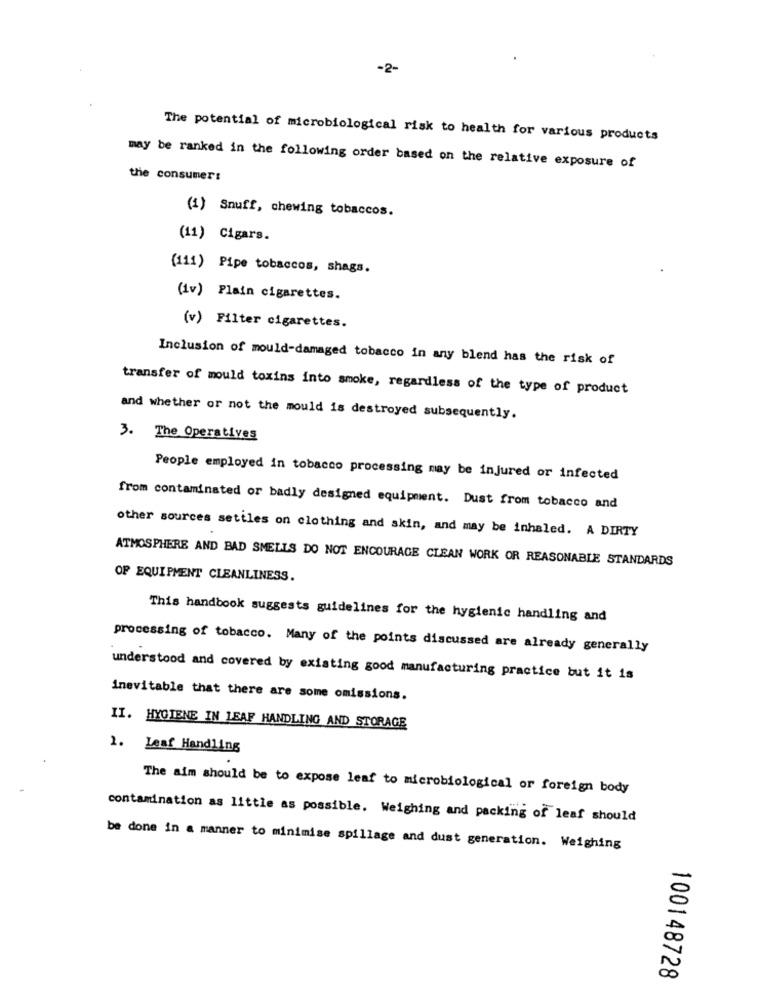
-2-
The potential of microbiological risk to health for various products
may be ranked in the following order based on the relative exposure of
the consumer:
(1) Snuff, chewing tobaccos.
(11) Cigars.
(111) Pipe tobaccos, shags.
(iv) Plain cigarettes.
(v) Filter cigarettes.
Inclusion of mould-damaged tobacco in any blend has the risk of
transfer of mould toxins into smoke, regardless of the type of product
and whether or not the mould is destroyed subsequently.
3. The Operatives
People employed in tobacco processing may be injured or infected
from contaminated or badly designed equipment. Dust from tobacco and
other sources settles on clothing and skin, and may be inhaled. A DIRTY
ATMOSPHERE AND BAD SMELLS DO NOT ENCOURAGE CLEAN WORK OR REASONABLE STANDARDS
OF EQUIPMENT CLEANLINESS.
This handbook suggests guidelines for the hygienic handling and
processing of tobacco. Many of the points discussed are already generally
understood and covered by existing good manufacturing practice but it is
inevitable that there are some omissions.
II. HYGIENE IN LEAF HANDLING AND STORAGE
1. Leaf Handling
The aim should be to expose leaf to microbiological or foreign body
contamination as little as possible. Weighing and packing of leaf should
be done in a manner to minimise spillage and dust generation. Weighing
100148728